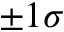
\pm 1 \sigma